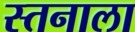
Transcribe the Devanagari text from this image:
स्तनाला